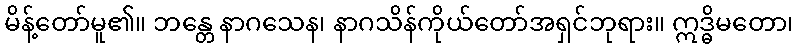
မိန့်တော်မူ၏။ ဘန္တေ နာဂသေန၊ နာဂသိန်ကိုယ်တော်အရှင်ဘုရား။ ဣဒ္ဓိမတော၊